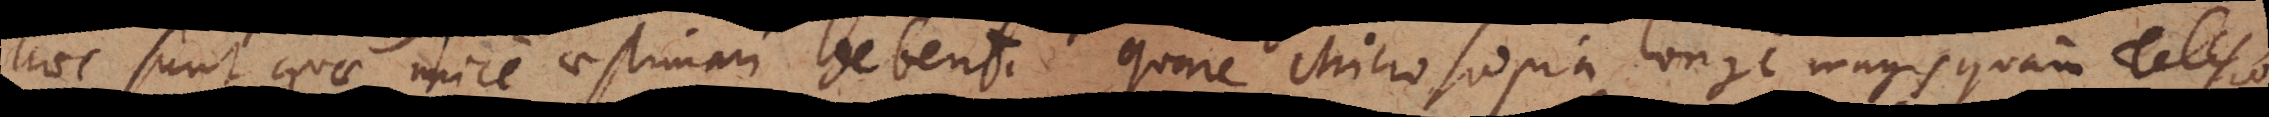
haec sunt quae unice aestimari debent. Quare Microscopia longe magis quam Telesco